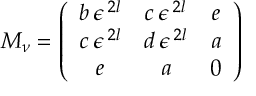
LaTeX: { \cal M } _ { \nu } = \left( \begin{array} { c c c } { { b \: \epsilon ^ { \: 2 l } } } & { { c \: \epsilon ^ { \: 2 l } } } & { { e } } \\ { { c \: \epsilon ^ { \: 2 l } } } & { { d \: \epsilon ^ { \: 2 l } } } & { { a } } \\ { { e } } & { { a } } & { { 0 } } \end{array} \right)